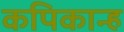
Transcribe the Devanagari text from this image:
कपिकान्ह